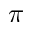
\pi